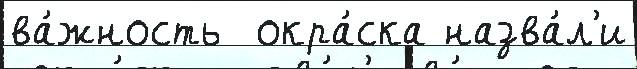
ва́жность  окра́ска назва́л'и